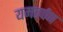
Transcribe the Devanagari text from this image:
यमतर्पण